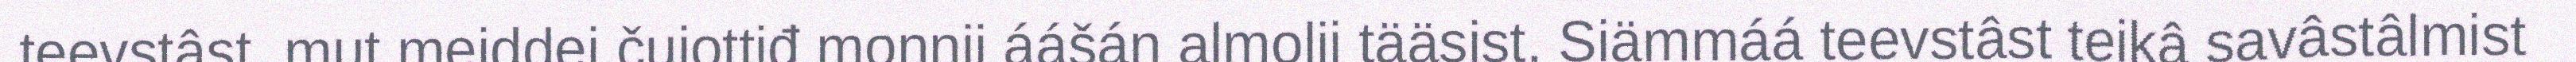
teevstâst, mut meiddei čujottiđ monnii áášán almolii tääsist. Siämmáá teevstâst teikâ savâstâlmist